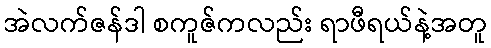
အဲလက်ဇန်ဒါ စကူဇ်ကလည်း ရာဖီရယ်နဲ့အတူ